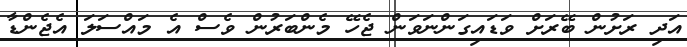
އަދި ރަށުން ބޭރަށް ވަޑައިގަންނަވަން ޖެހޭ މެންބަރުން ވެސް އެ މައްސަލަ އެޖެންޑާ